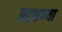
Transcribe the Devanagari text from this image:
झाकण्या